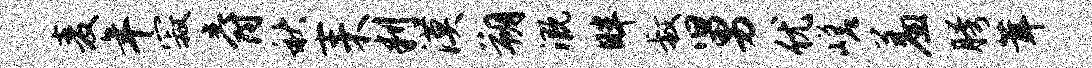
麦年寂爵秋耒判漠朔溉畔叔舅优嵯羞胯茸